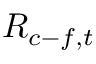
R _ { c - f , t }